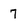
Character: 7